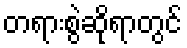
တရားစွဲဆိုရာတွင်